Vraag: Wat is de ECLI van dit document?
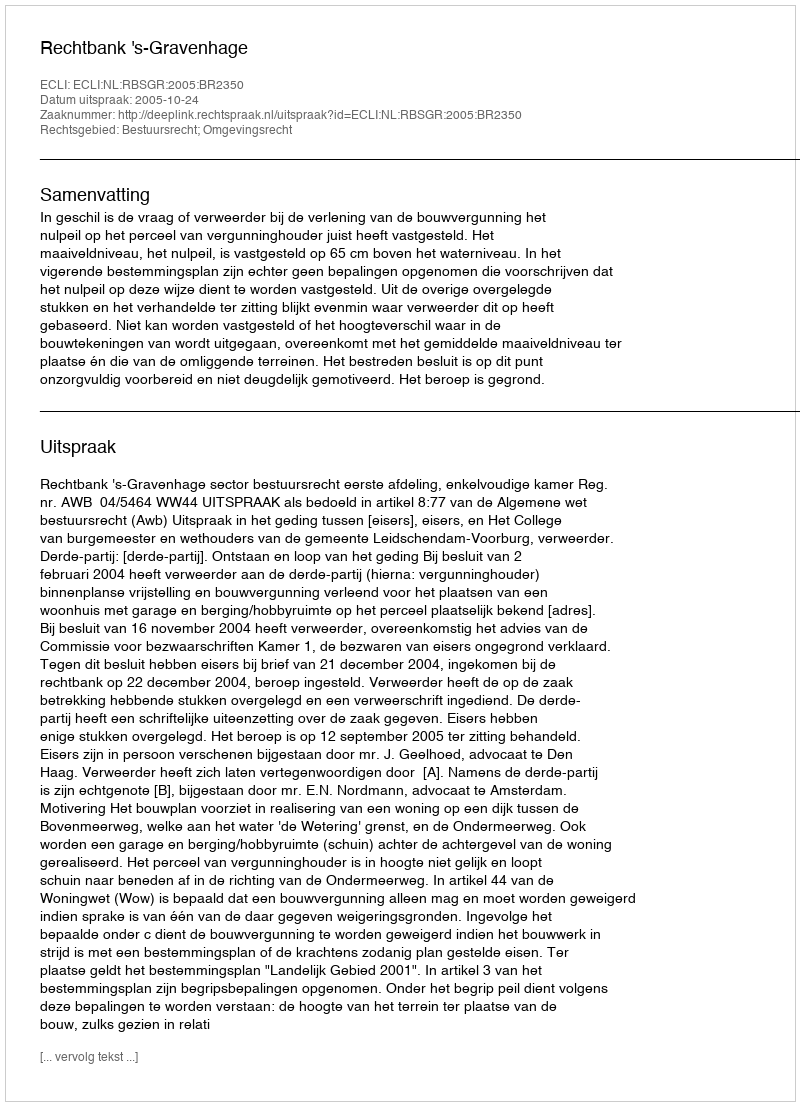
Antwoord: ECLI:NL:RBSGR:2005:BR2350